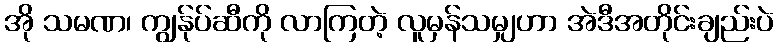
အို သမဏ၊ ကျွန်ုပ်ဆီကို လာကြတဲ့ လူမှန်သမျှဟာ အဲဒီအတိုင်းချည်းပဲ